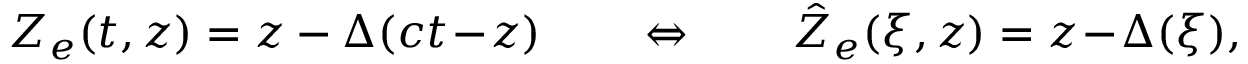
Z _ { e } ( t , z ) = z - \Delta ( c t \! - \! z ) \qquad \Leftrightarrow \qquad \hat { Z } _ { e } ( \xi , z ) = z \! - \! \Delta ( \xi ) ,